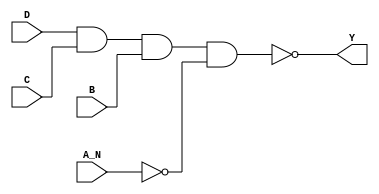
module sky130_fd_sc_ls__nand4b (
    Y  ,
    A_N,
    B  ,
    C  ,
    D
);

    // Module ports
    output Y  ;
    input  A_N;
    input  B  ;
    input  C  ;
    input  D  ;

    // Module supplies
    supply1 VPWR;
    supply0 VGND;
    supply1 VPB ;
    supply0 VNB ;

    // Local signals
    wire not0_out   ;
    wire nand0_out_Y;

    //   Name   Output       Other arguments
    not  not0  (not0_out   , A_N              );
    nand nand0 (nand0_out_Y, D, C, B, not0_out);
    buf  buf0  (Y          , nand0_out_Y      );

endmodule